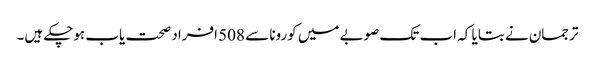
ترجمان نے بتایا کہ اب تک صوبے میں کورونا سے 508 افراد صحت یاب ہوچکے ہیں۔